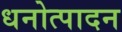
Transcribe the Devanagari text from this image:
धनोत्पादन